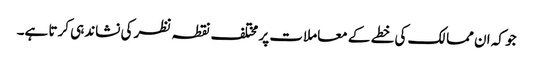
جو کہ ان ممالک کی خطے کے معاملات پر مختلف نقطہ نظر کی نشاندہی کرتا ہے۔